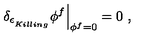
\left. \delta _ { \epsilon _ { \phantom { } _ { { K i l l i n g } } } } \phi ^ { f } \right| _ { \phi ^ { f } = 0 } = 0 \ ,